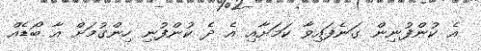
އެ ކުންފުނިން ގަނެފައިވާ ކަމަށާއި އެ ދެ ކުންފުނި ހިންގުމަށް އާ ބޯޑެއް